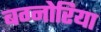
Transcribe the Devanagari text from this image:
बग्नोरिया